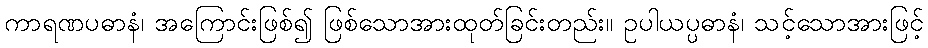
ကာရဏပဓာနံ၊ အကြောင်းဖြစ်၍ ဖြစ်သောအားထုတ်ခြင်းတည်း။ ဥပါယပ္ပဓာနံ၊ သင့်သောအားဖြင့်